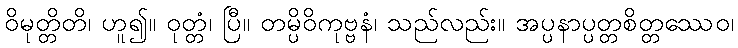
ဝိမုတ္တိတိ၊ ဟူ၍။ ဝုတ္တံ၊ ပြီ။ တမ္ပိဝိကုဗ္ဗနံ၊ သည်လည်း။ အပ္ပနာပ္ပတ္တစိတ္တဿေဝ၊